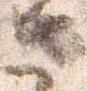
さ